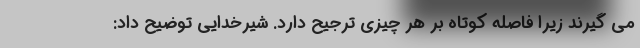
می گیرند زیرا فاصله کوتاه بر هر چیزی ترجیح دارد. شیرخدایی توضیح داد: